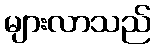
များလာသည်